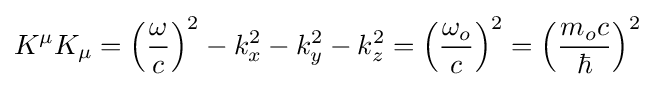
K^{\mu }K_{\mu }=\left({\frac {\omega }{c}}\right)^{2}-k_{x}^{2}-k_{y}^{2}-k_{z}^{2}=\left({\frac {\omega _{o}}{c}}\right)^{2}=\left({\frac {m_{o}c}{\hbar }}\right)^{2}